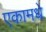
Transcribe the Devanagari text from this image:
एकामधे